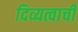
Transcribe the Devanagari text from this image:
दिव्यत्वाची